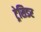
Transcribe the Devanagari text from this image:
ट्रेसिडर